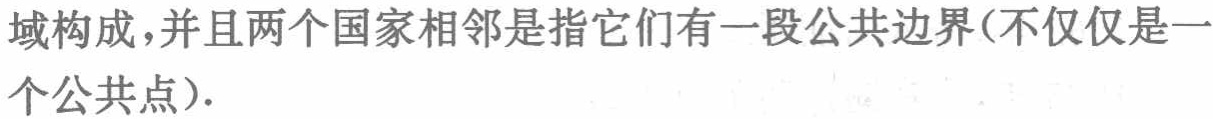
域构成，并且两个国家相邻是指它们有一段公共边界(不仅仅是一
个公共点).